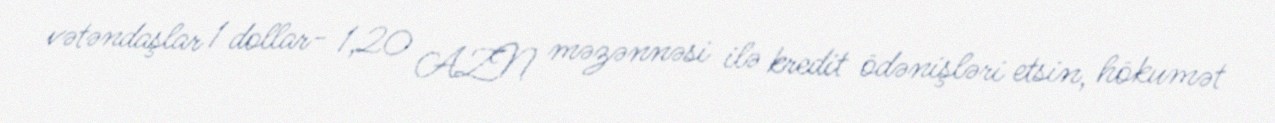
vətəndaşlar 1 dollar- 1,20 AZN məzənnəsi ilə kredit ödənişləri etsin, hökumət